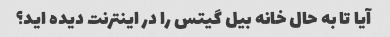
آیا تا به حال خانه بیل گیتس را در اینترنت دیده اید؟